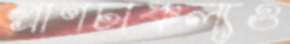
প্রাণচাঞ্চল্যও